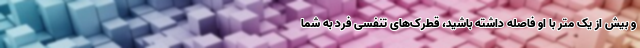
و بیش از یک متر با او فاصله داشته باشید، قطرک‌های تنفسی فرد به شما